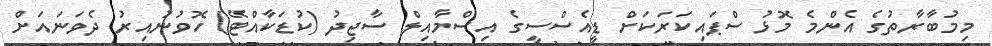
މިމުބާރާތުގެ އެންމެ މޮޅު ސްޕައިކަރަކަށް ޑީއެސްސީގެ އިސްމާއިލް ސާޖިދު (ކުޑަކާއްޓޭ) ހޮވުނުއިރު ދެވަނައަށް